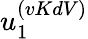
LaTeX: u_{1}^{(vKdV)}